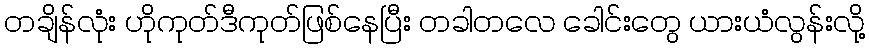
တချိန်လုံး ဟိုကုတ်ဒီကုတ်ဖြစ်နေပြီး တခါတလေ ခေါင်းတွေ ယားယံလွန်းလို့